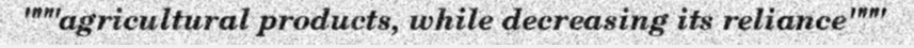
"""agricultural products, while decreasing its reliance"""